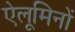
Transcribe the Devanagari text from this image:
ऐलूमिनों